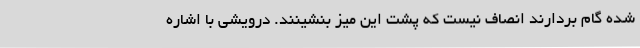
شده گام بردارند انصاف نیست که پشت این میز بنشینند. درویشی با اشاره